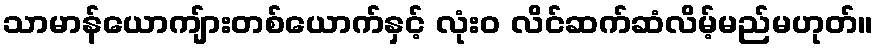
သာမာန်ယောကျ်ားတစ်ယောက်နှင့် လုံး၀ လိင်ဆက်ဆံလိမ့်မည်မဟုတ်။